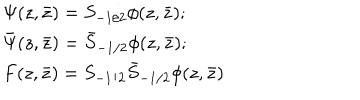
\begin{array} { l } { { \Psi ( z , \bar { z } ) = S _ { - 1 / 2 } \phi ( z , \bar { z } ) ; } } \\ { { \bar { \Psi } ( z , \bar { z } ) = \bar { S } _ { - 1 / 2 } \phi ( z , \bar { z } ) ; } } \\ { { F ( z , \bar { z } ) = S _ { - 1 / 2 } \bar { S } _ { - 1 / 2 } \phi ( z , \bar { z } ) } } \\ \end{array}